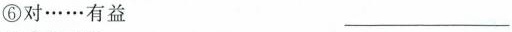
⑥对………有益 ___